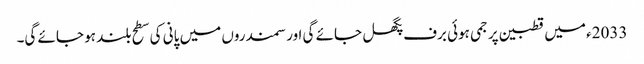
2033ء میں قطبین پر جمی ہوئی برف پگھل جائے گی اور سمندروں میں پانی کی سطح بلند ہو جائے گی۔